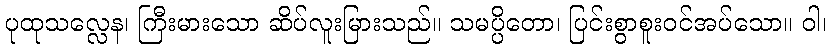
ပုထုသလ္လေန၊ ကြီးမားသော ဆိပ်လူးမြားသည်။ သမပ္ပိတော၊ ပြင်းစွာစူးဝင်အပ်သော။ ဝါ၊